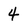
Character: 4